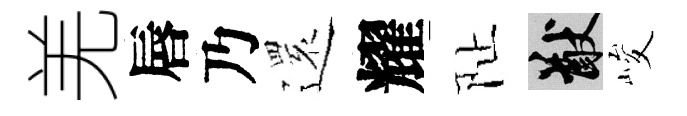
羌唇乃𮟃耀阯猷峻